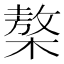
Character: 𣘢